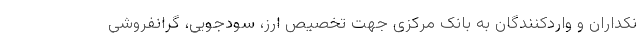
نکداران و واردکنندگان به بانک مرکزی جهت تخصیص ارز، سودجویی، گرانفروشی